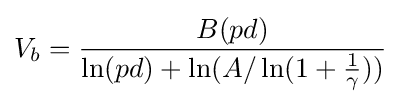
V_{b}={\frac {B(pd)}{\ln(pd)+\ln(A/\ln(1+{\frac {1}{\gamma }}))}}